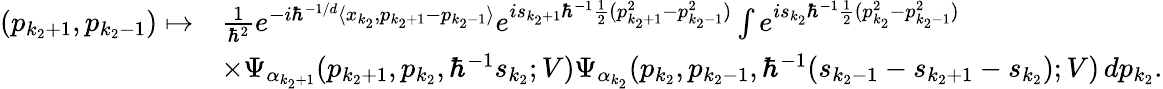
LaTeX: \begin{array}{rl}{(p_{k_{2}+1},p_{k_{2}-1})\mapsto}&{\frac{1}{\hbar^{2}}e^{-i\hbar^{-1/d}\langle x_{k_{2}},p_{k_{2}+1}-p_{k_{2}-1}\rangle}e^{is_{k_{2}+1}\hbar^{-1}\frac{1}{2}(p_{k_{2}+1}^{2}-p_{k_{2}-1}^{2})}\int e^{is_{k_{2}}\hbar^{-1}\frac{1}{2}(p_{k_{2}}^{2}-p_{k_{2}-1}^{2})}}\\ &{\times\Psi_{\alpha_{k_{2}+1}}(p_{k_{2}+1},p_{k_{2}},\hbar^{-1}s_{k_{2}};V)\Psi_{\alpha_{k_{2}}}(p_{k_{2}},p_{k_{2}-1},\hbar^{-1}(s_{k_{2}-1}-s_{k_{2}+1}-s_{k_{2}});V)\, dp_{k_{2}}.}\end{array}